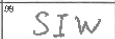
Transcription: SIW